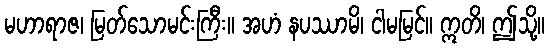
မဟာရာဇ၊ မြတ်သောမင်းကြီး။ အဟံ နပဿာမိ၊ ငါမမြင်။ ဣတိ၊ ဤသို့။